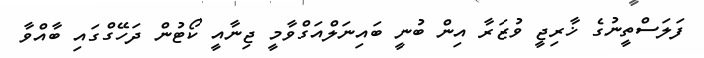
ފަލަސްތީނުގެ ޚާރިޖީ ވުޒަރާ އިން ބުނީ ބައިނަލްއަގްވާމީ ޖިނާއީ ކޯޓުން ދަހޭގްގައި ބާއްވާ